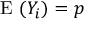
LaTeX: { \textrm { E } } ( Y _ { i } ) = p